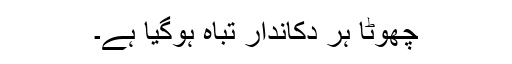
چھوٹا ہر دکاندار تباہ ہوگیا ہے۔